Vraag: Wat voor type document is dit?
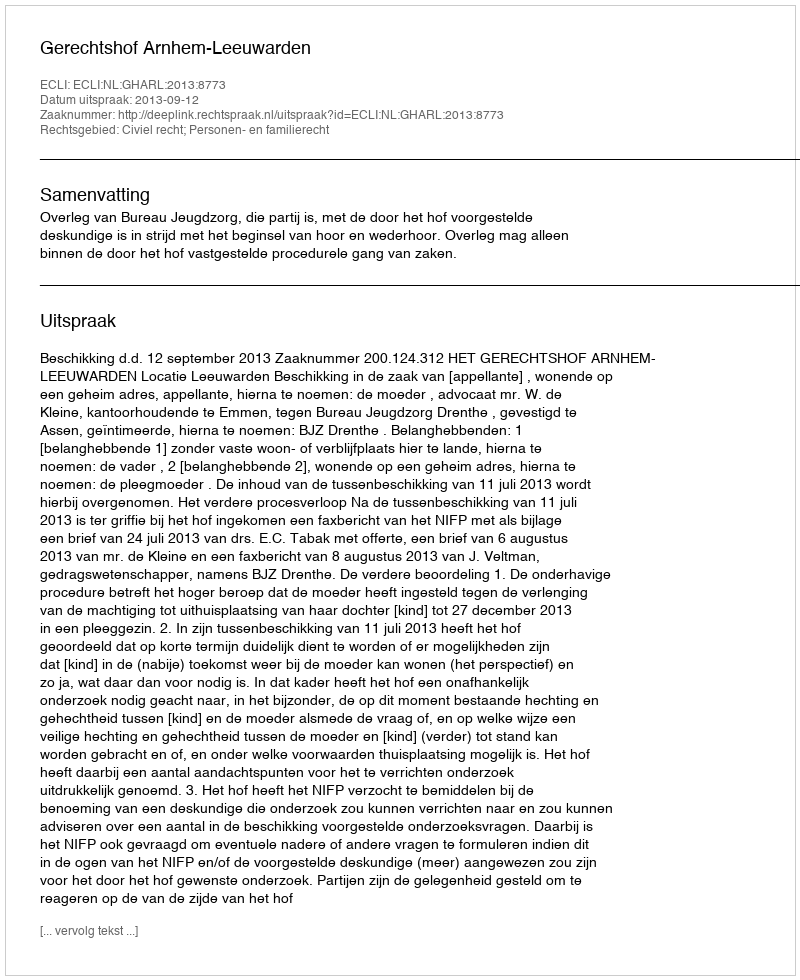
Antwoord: Uitspraak